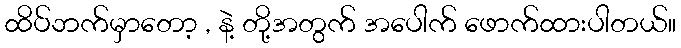
ထိပ်ဘက်မှာတော့ , နဲ့ တို့အတွက် အပေါက် ဖောက်ထားပါတယ်။